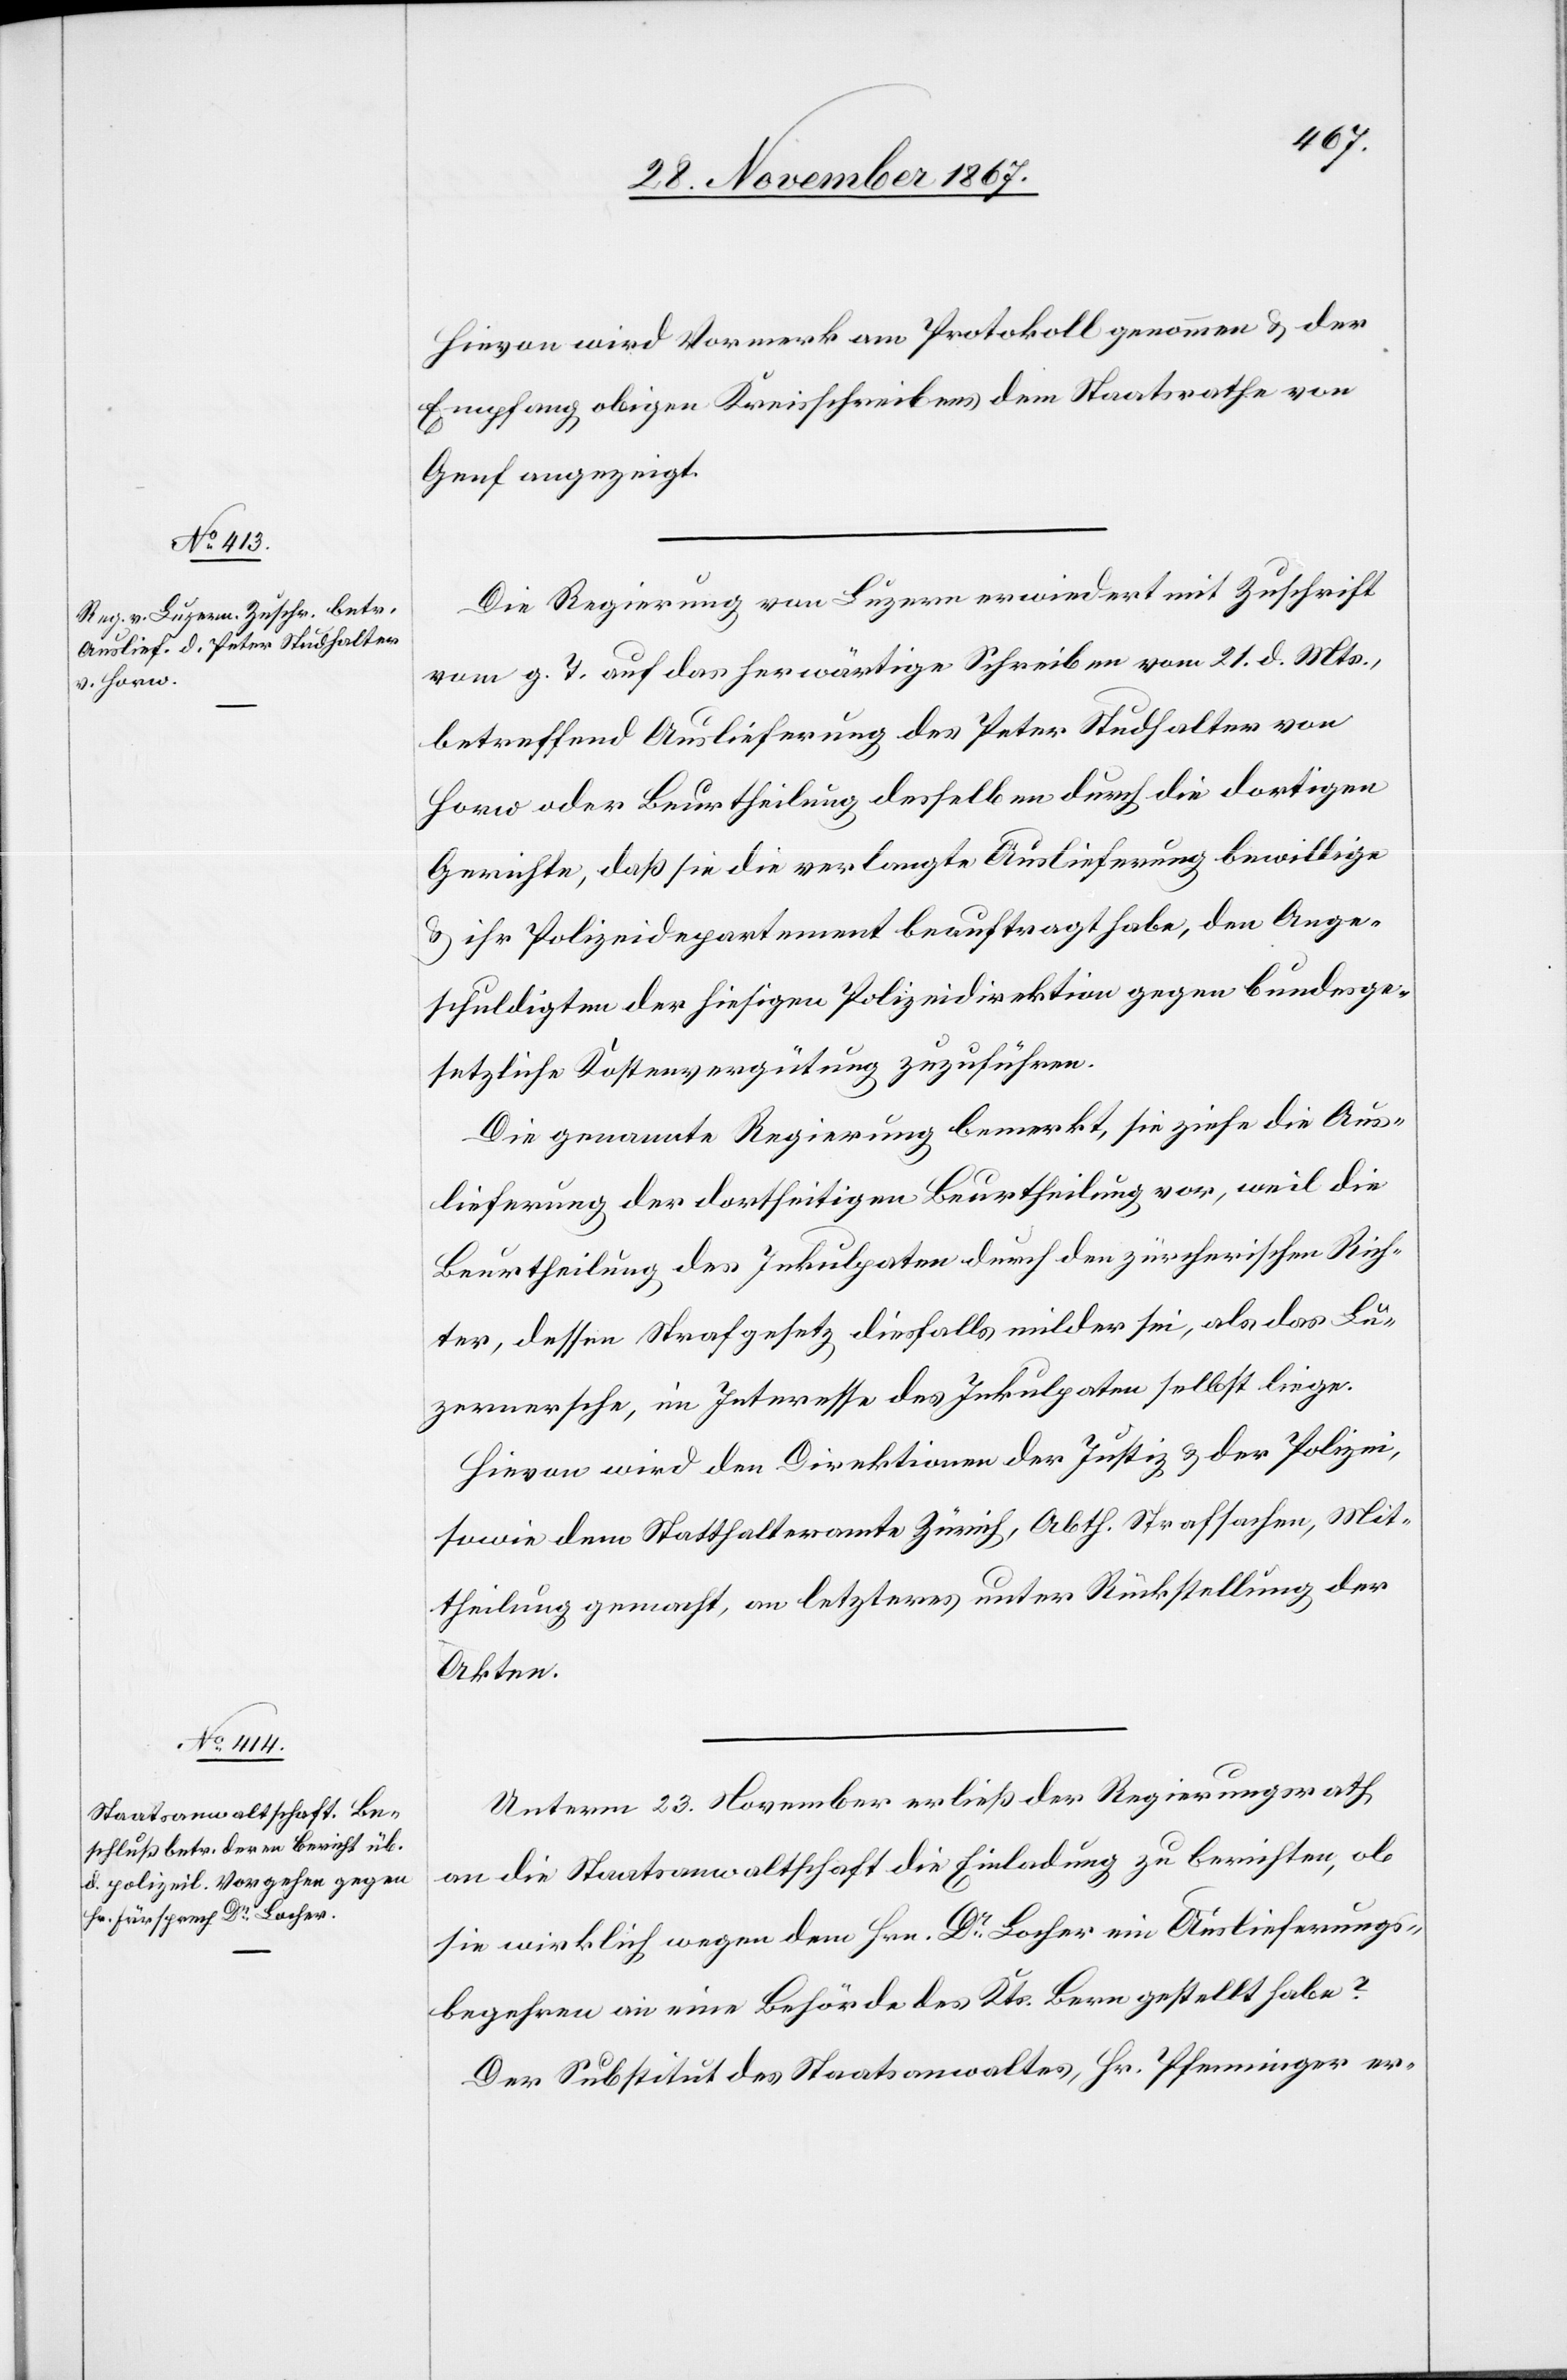
Hievon wird Vormerk am Protokoll genommen u. der
Empfang obiger Kreisschreibens dem Staatsrathe von
Genf angezeigt.
Die Regierung von Luzern erwiedert mit Zuschrift
vom g. T. auf das herwärtige Schreiben vom 21. d. Mts.,
betreffend Auslieferung des Peter Studhalter von
Horw oder Beurtheilung desselben durch die dortigen
Gerichte, daß sie die verlangte Auslieferung bewillige
u. ihr Polizeidepartement beauftragt habe, den Ange¬
schuldigten der hiesigen Polizeidirektion gegen bundesge¬
setzliche Kostenvergütung zuzuführen.
Die genannte Regierung bemerkt, sie ziehe die Aus¬
lieferung der dortseitigen Beurtheilung vor, weil die
Beurtheilung des Inkulpaten durch den zürcherischen Rich¬
ter, dessen Strafgesetz diesfalls milder sei, als das Lu¬
zernerische, im Interesse des Inkulpaten selbst liege.
Hievon wird den Direktionen der Justiz u. der Polizei,
sowie dem Statthalteramte Zürich, Abth. Strafsachen, Mit¬
theilung gemacht, an letzteres unter Rückstellung der
Akten.
Unterm 23. November erließ der Regierungsrath
an die Staatsanwaltschaft die Einladung zu berichten, ob
sie wirklich wegen dem Hrn. Dr. Locher ein Auslieferungs¬
begehren an eine Behörde des Kts. Bern gestellt habe?
Der Substitut des Staatsanwaltes, Hr. Pfenninger er-